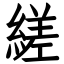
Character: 縒